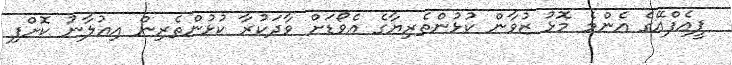
ޕީއެފްއޭގެ އެންމެ މޮޅު ޒުވާން ކުޅުންތެރިޔާގެ އެވޯޑަށް ވާދަކުރާ ކުޅުންތެރިން އިއުލާނު ކޮށްފި